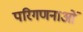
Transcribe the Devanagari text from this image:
परिगणनाओं